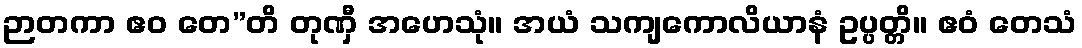
ဉာတကာ ဧဝ တေ”တိ တုဏှီ အဟေသုံ။ အယံ သကျကောလိယာနံ ဥပ္ပတ္တိ။ ဧဝံ တေသံ